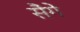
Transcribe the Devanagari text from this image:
सैंगे